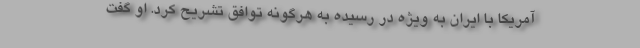
آمریکا با ایران به ویژه در رسیده به هرگونه توافق تشریح کرد. او گفت